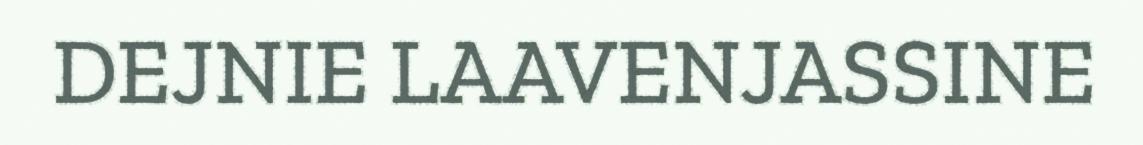
DEJNIE LAAVENJASSINE